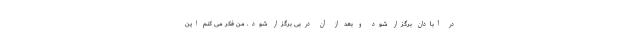
در آبادان برگزار شود و بعد از آن دربی برگزار شود. من فکر می کنم این